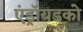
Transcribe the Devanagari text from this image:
एंड्रॉयडको